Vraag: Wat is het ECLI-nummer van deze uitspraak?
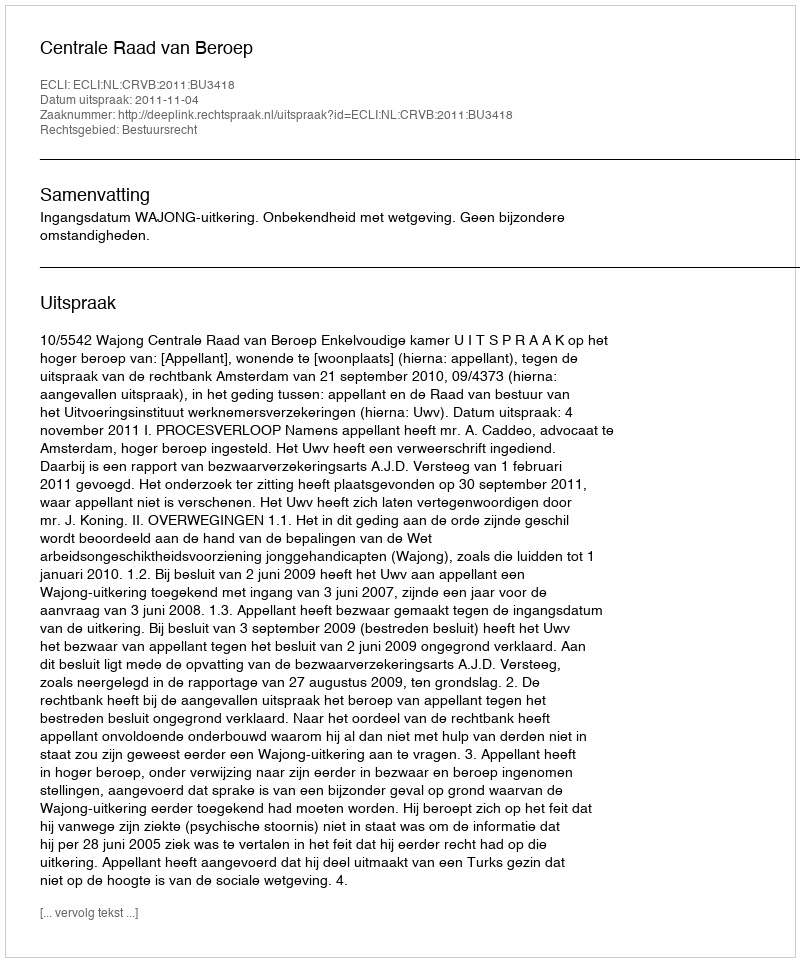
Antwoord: ECLI:NL:CRVB:2011:BU3418